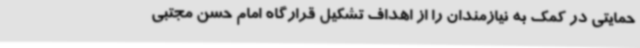
حمایتی در کمک به نیازمندان را از اهداف تشکیل قرارگاه امام حسن مجتبی